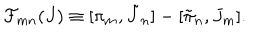
{ \cal F } _ { m n } ( J ) \equiv [ \pi _ { m } , \tilde { J } _ { n } ] - [ \tilde { \pi } _ { n } , J _ { m } ] .